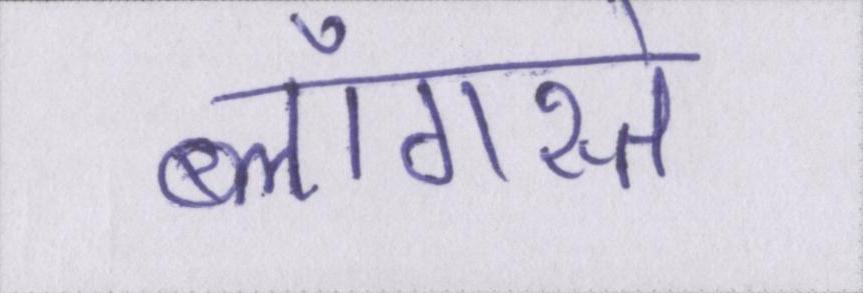
ब्लॉगस्ते